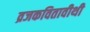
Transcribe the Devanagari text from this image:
व्रजकवितावीथी